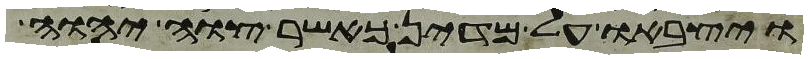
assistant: ויצבאו על מדין כאשר צוה יהוה